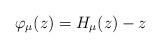
LaTeX: \begin{align*}\varphi_{\mu}(z)=H_{\mu}(z)-z\end{align*}